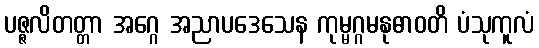
ပဇ္ဇလိတတ္တာ အဂ္ဂေ အညာပဒေသေန ကုမ္မဂ္ဂမနုဓာဝတိ ပံသုကူလံ